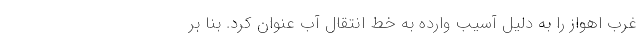
غرب اهواز را به دلیل آسیب وارده به خط انتقال آب عنوان کرد. بنا بر